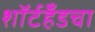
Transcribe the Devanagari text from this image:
शॉर्टहँडचा